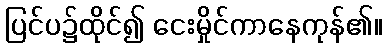
ပြင်ပ၌ထိုင်၍ ငေးမှိုင်ကာနေကုန်၏။